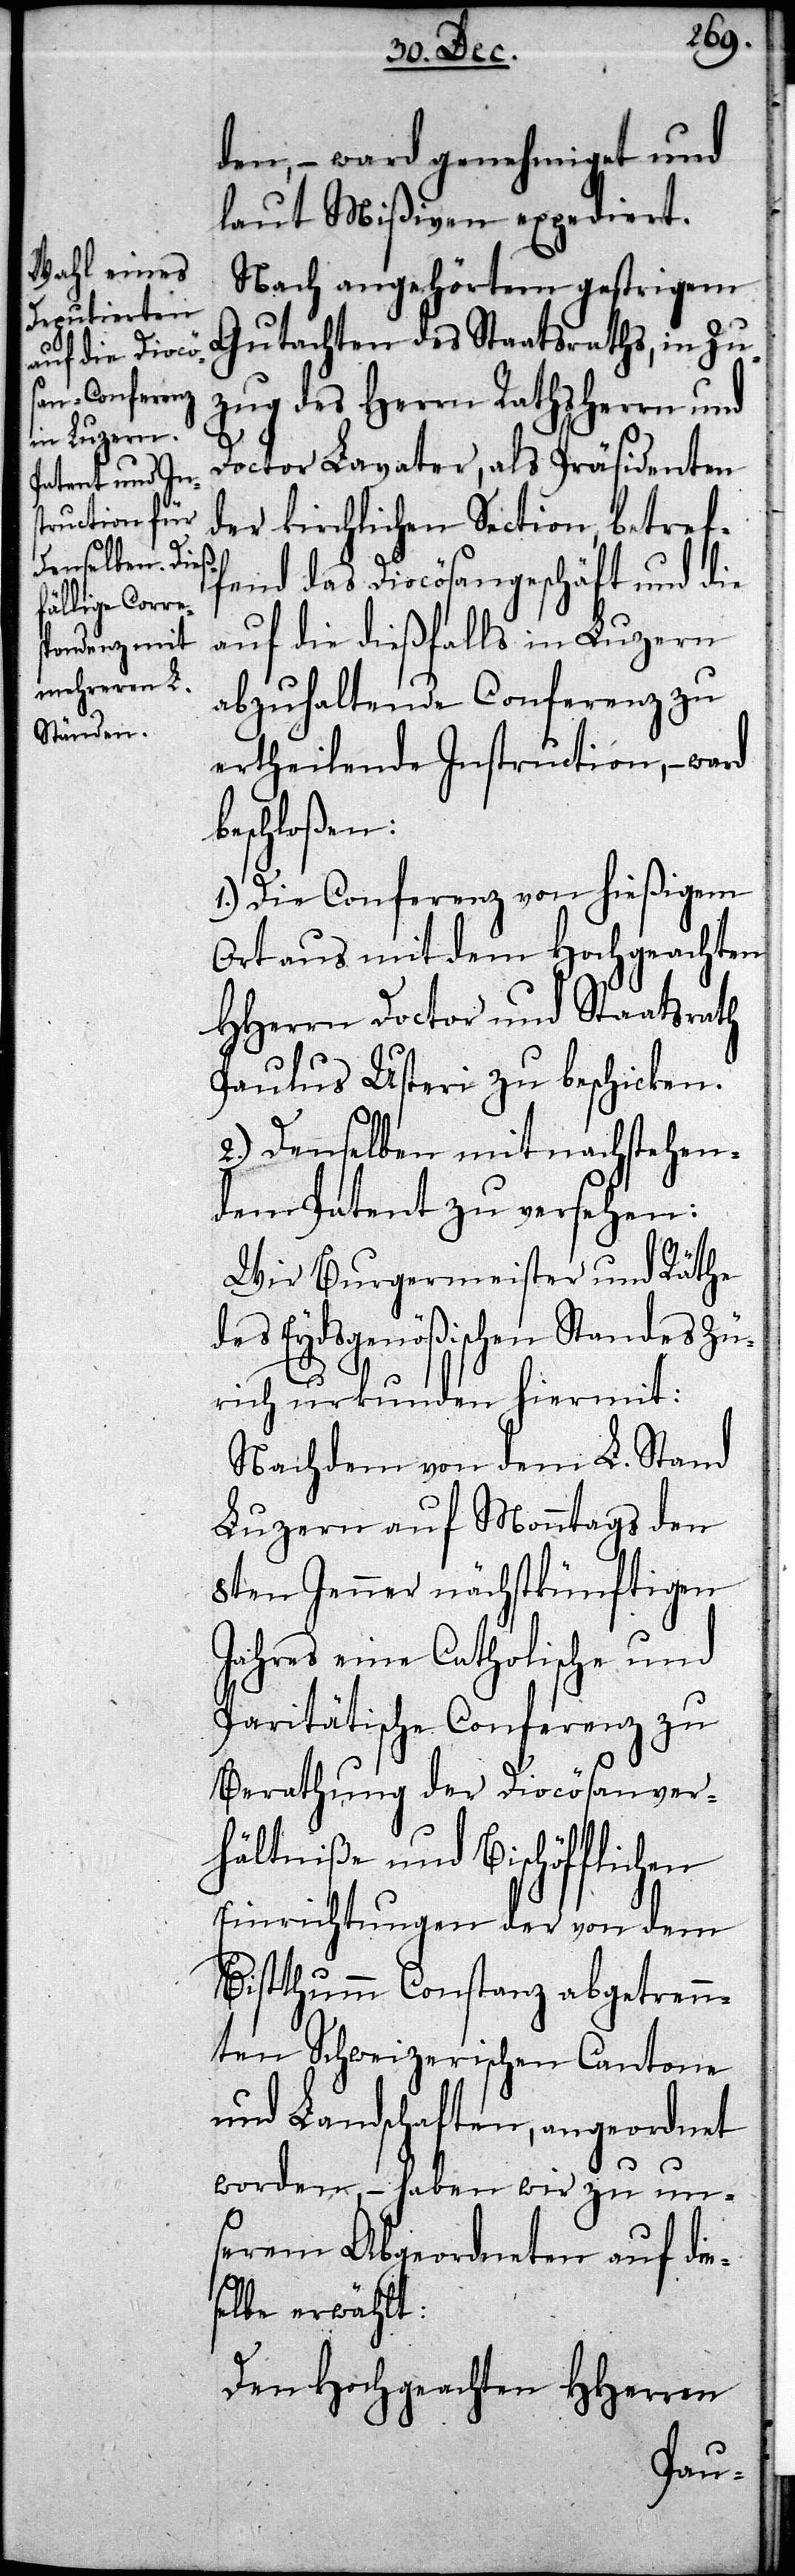
den, – ward genehmiget und
laut Mißiven expediert.
Nach angehörtem gestrigem
Gutachten des Staatsraths, in Zu¬
zug des Herrn Rathsherrn und
Doctor Lavater, als Präsidenten
der kirchlichen Section, betref¬
fend das Diocösangeschäft und die
auf die dießfalls in Luzern
abzuhaltende Conferenz zu
ertheilende Instruction, – ward
beschloßen:
1.) Die Conferenz von hießigem
Ort aus mit dem Hochgeachten
HHerrn Doctor und Staatsrath
Paulus Usteri zu beschicken.
2.) Denselben mit nachstehen¬
dem Patent zu versehen:
Wir Burgermeister und Räthe
des Eydsgenößischen Standes Zü¬
rich urkunden hiermit:
Nachdem von dem L. Stand
Luzern auf Monntags den
8ten Jenner nächstkünftigen
Jahres eine Catholische und
Paritätische Conferenz zu
Berathung der Diocösanver¬
hältniße und Bischöfflichen
Einrichtungen der von dem
Bistthumm Constanz abgetren¬
nten Schweizerischen Cantone
und Landschaften, angeordnet
worden, – haben wir zu un¬
serem Abgeordneten auf die¬
selbe erwählt:
Den Hochgeachten HHerren